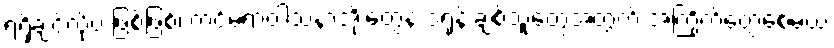
ရရှိချင်လို့ပဲ ဖြစ်ဖြစ်၊ ကင်မရာဝါသနာအိုးတွေနဲ့ ဒရုန်းချစ်သူတွေအတွက် အကြိုက်တွေ့စေမယ့်